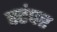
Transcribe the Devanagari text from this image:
स्टंपर